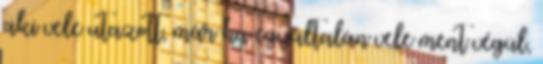
aki vele utazott, már ha egyáltalán vele ment végül,